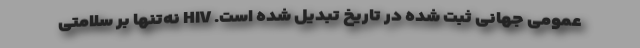
عمومی جهانی ثبت ‌شده در تاریخ تبدیل شده است. HIV نه‌تنها بر سلامتی